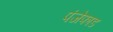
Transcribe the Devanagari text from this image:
पंजेफाड